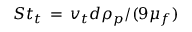
S t _ { t } \, = \, v _ { t } d \rho _ { p } / ( 9 \mu _ { f } )